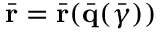
\bar { \bf r } = \bar { \bf r } ( \bar { \bf q } ( \bar { \boldsymbol { \gamma } } ) )